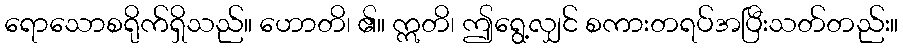
ရောသောစရိုက်ရှိသည်။ ဟောတိ၊ ၏။ ဣတိ၊ ဤရွေ့လျှင် စကားတရပ်အပြီးသတ်တည်း။